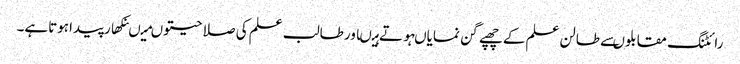
رائٹنگ مقابلوںسے طالن علم کے چھپے گن نمایاںہوتے ہیںاورطالب علم کی صلا حیتوںمیںنکھارپیداہوتاہے۔